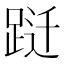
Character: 跹